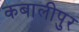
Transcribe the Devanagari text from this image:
कबालीपुर